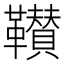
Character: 𩍴